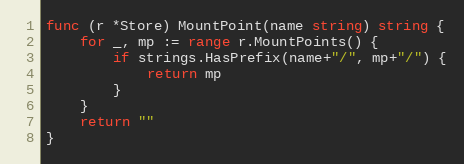
Language: Go
func (r *Store) MountPoint(name string) string {
	for _, mp := range r.MountPoints() {
		if strings.HasPrefix(name+"/", mp+"/") {
			return mp
		}
	}
	return ""
}